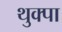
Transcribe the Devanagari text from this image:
थुक्पा